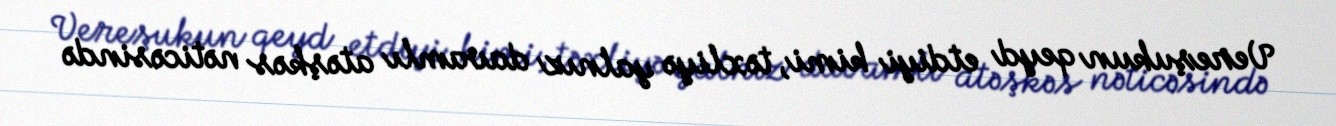
Vereşukun qeyd etdiyi kimi, təxliyə yalnız davamlı atəşkəs nəticəsində